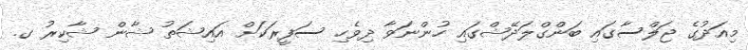
މިއަދުގެ ޖަލްސާގައި ބަންގްލަދޭޝްގައި ހުންނަވާ ދިވެހި ސަފީރަކަށް އައިޝަތު ޝާން ޝާކިރު ގ.